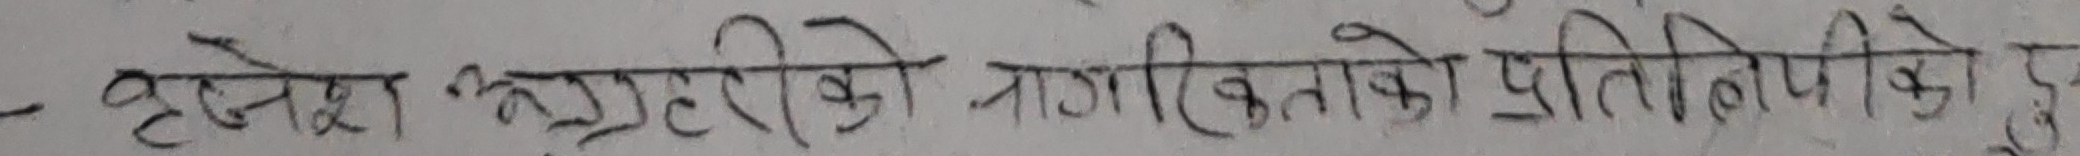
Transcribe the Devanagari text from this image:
टनेरमा बस्तुटेको नागरिकताको प्रतिलिपि कु